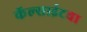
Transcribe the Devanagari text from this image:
कॅल्साईटचा